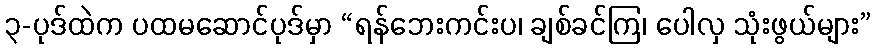
၃-ပုဒ်ထဲက ပထမဆောင်ပုဒ်မှာ “ရန်ဘေးကင်းပ၊ ချစ်ခင်ကြ၊ ပေါလှ သုံးဖွယ်များ”